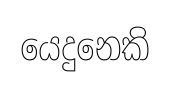
යෙදුනෙකි